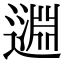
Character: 𨖳